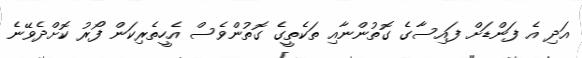
އަދި އެ ފަންޑަށް ފައިސާގެ ގޮތުންނާއި ތަކެތީގެ ގޮތުންވެސް އެހީތެރިކަން ފޯރު ކޮށްދެވޭނެ